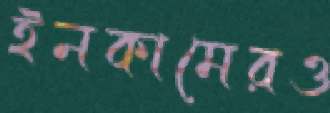
ইনকামেরও